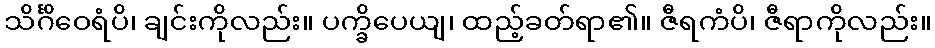
သိင်္ဂိဝေရံပိ၊ ချင်းကိုလည်း။ ပက္ခိပေယျ၊ ထည့်ခတ်ရာ၏။ ဇီရကံပိ၊ ဇီရာကိုလည်း။